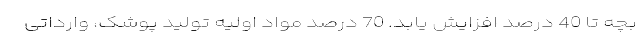
بچه تا 40 درصد افزایش یابد. 70 درصد مواد اولیه تولید پوشک، وارداتی